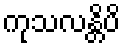
ကုသလန္တိပိ